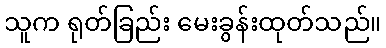
သူက ရုတ်ခြည်း မေးခွန်းထုတ်သည်။